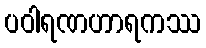
ပဝါရဏဟာရကဿ